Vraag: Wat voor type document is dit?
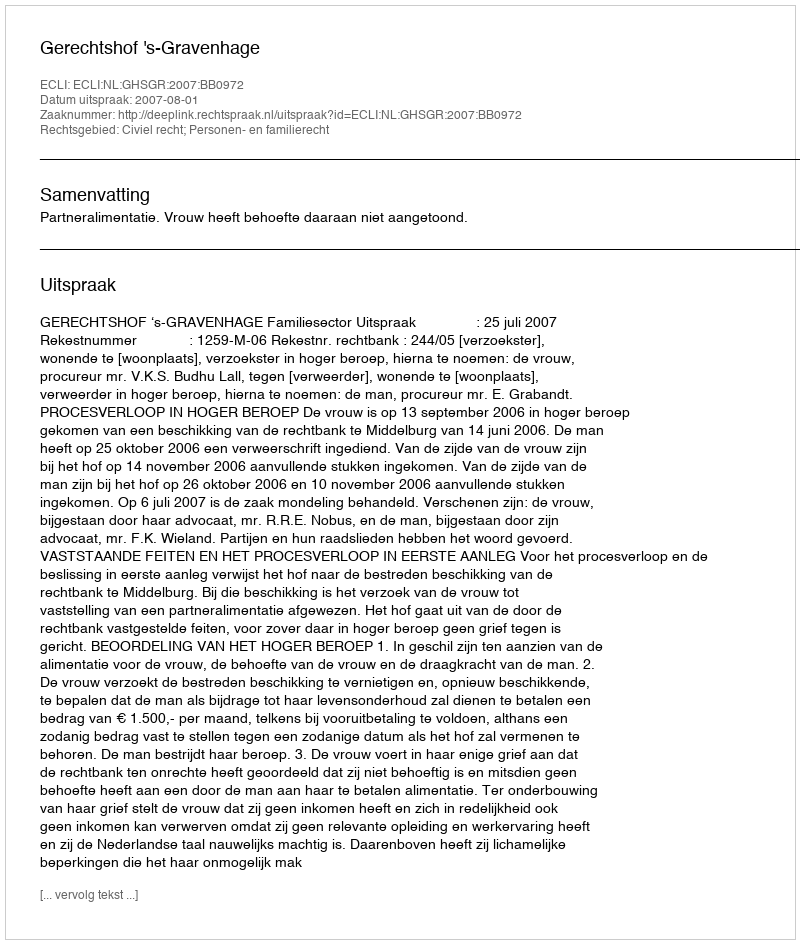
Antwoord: Uitspraak